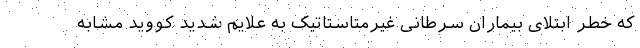
که خطر ابتلای بیماران سرطانی غیرمتاستاتیک به علایم شدید کووید مشابه